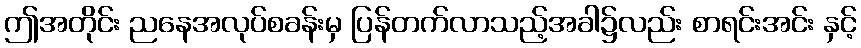
ဤအတိုင်း ညနေအလုပ်စခန်းမှ ပြန်တက်လာသည့်အခါ၌လည်း စာရင်းအင်း နှင့်